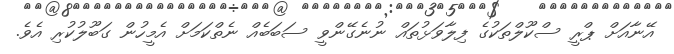
އޭނާއަށް ޕްރީ ސްކޫލްތަކުގެ ފިލާވަޅުތައް ނުނެގޭންވީ ސަބަބެއް ނެތްކަމަށް އެމީހުން ގަބޫލުކުރި އެވެ.